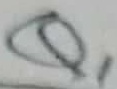
Text: Q1